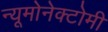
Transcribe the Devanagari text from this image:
न्यूमोनेक्टोमी